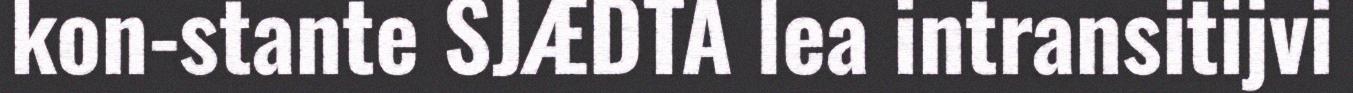
kon-stante SJÆDTA lea intransitijvi